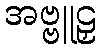
အဗ္ဗူဠှ